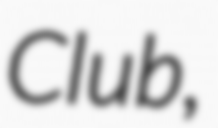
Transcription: Club,